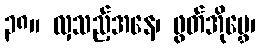
၃၈။ လှသည့်အနေ၊ ဖွတ်အိုမွှေ၊